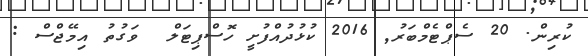
ކުރިން. 20 ސެޕްޓެމްބަރު